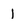
Character: 1